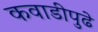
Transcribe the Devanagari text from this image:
कवाडीपुढे